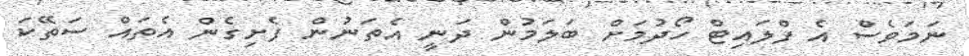
ނަމަވެސް އެ ފްލައިޓް ހޯދުމަށް ބަލަމުން ދަނީ އެތަނުން ފެށިގެން އެތައް ސަތޭކަ